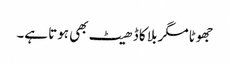
جھوٹا مگر بلا کا ڈھیٹ بھی ہوتا ہے۔